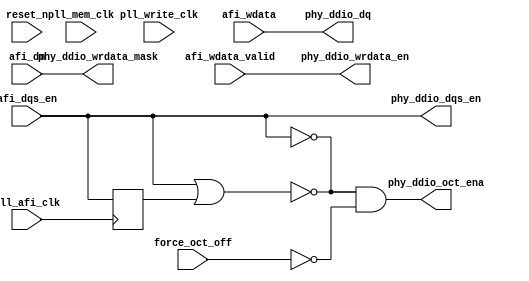
module ddr2_v11_0_p0_write_datapath(
	pll_afi_clk,
    pll_mem_clk,
    pll_write_clk,
    reset_n,
	force_oct_off,
	phy_ddio_oct_ena,
	afi_dqs_en,
    afi_wdata,
    afi_wdata_valid,
    afi_dm,
    phy_ddio_dq,
	phy_ddio_dqs_en,
	phy_ddio_wrdata_en,
	phy_ddio_wrdata_mask	
);




parameter MEM_ADDRESS_WIDTH     = "";
parameter MEM_DM_WIDTH          = "";
parameter MEM_CONTROL_WIDTH     = "";
parameter MEM_DQ_WIDTH          = "";
parameter MEM_READ_DQS_WIDTH    = "";
parameter MEM_WRITE_DQS_WIDTH   = "";

parameter AFI_ADDRESS_WIDTH     = "";
parameter AFI_DATA_MASK_WIDTH   = "";
parameter AFI_CONTROL_WIDTH     = "";
parameter AFI_DATA_WIDTH        = "";
parameter AFI_DQS_WIDTH	        = "";
parameter NUM_WRITE_PATH_FLOP_STAGES = "";



input	pll_afi_clk;
input	pll_mem_clk;
input	pll_write_clk;
input	reset_n;

input	[AFI_DQS_WIDTH-1:0] force_oct_off;
output	[AFI_DQS_WIDTH-1:0] phy_ddio_oct_ena;
input	[AFI_DQS_WIDTH-1:0]	afi_dqs_en;
input	[AFI_DATA_WIDTH-1:0]	afi_wdata;
input	[AFI_DQS_WIDTH-1:0]	afi_wdata_valid;
input	[AFI_DATA_MASK_WIDTH-1:0]   afi_dm;

output	[AFI_DATA_WIDTH-1:0]  phy_ddio_dq;
output	[AFI_DQS_WIDTH-1:0]   phy_ddio_dqs_en;
output	[AFI_DQS_WIDTH-1:0]   phy_ddio_wrdata_en;
output	[AFI_DATA_MASK_WIDTH-1:0]	phy_ddio_wrdata_mask;

generate
genvar stage;
if (NUM_WRITE_PATH_FLOP_STAGES == 0)
begin
	assign phy_ddio_dq = afi_wdata;
	assign phy_ddio_dqs_en = afi_dqs_en;
	assign phy_ddio_wrdata_en = afi_wdata_valid;
	assign phy_ddio_wrdata_mask = afi_dm;
	
end
else
begin
	reg	[AFI_DATA_WIDTH-1:0]  afi_wdata_r [NUM_WRITE_PATH_FLOP_STAGES-1:0];
	reg	[AFI_DQS_WIDTH-1:0]   afi_wdata_valid_r [NUM_WRITE_PATH_FLOP_STAGES-1:0] /* synthesis dont_merge */;
	reg	[AFI_DQS_WIDTH-1:0]   afi_dqs_en_r [NUM_WRITE_PATH_FLOP_STAGES-1:0];

	// phy_ddio_wrdata_mask is tied low during calibration
	// the purpose of the assignment is to avoid Quartus from connecting the signal to the sclr pin of the flop
	// sclr pin is very slow and causes timing failures
	(* altera_attribute = {"-name ALLOW_SYNCH_CTRL_USAGE OFF"}*) reg [AFI_DATA_MASK_WIDTH-1:0] afi_dm_r [NUM_WRITE_PATH_FLOP_STAGES-1:0];

	always @(posedge pll_afi_clk)
	begin
		afi_wdata_r[0] <= afi_wdata;
		afi_dqs_en_r[0] <= afi_dqs_en;
		afi_wdata_valid_r[0] <= afi_wdata_valid;
		afi_dm_r[0] <= afi_dm;
	end

	for (stage = 1; stage < NUM_WRITE_PATH_FLOP_STAGES; stage = stage + 1)
	begin : stage_gen
		always @(posedge pll_afi_clk)
		begin
			afi_wdata_r[stage] <= afi_wdata_r[stage-1];
			afi_dqs_en_r[stage] <= afi_dqs_en_r[stage-1];
			afi_wdata_valid_r[stage] <= afi_wdata_valid_r[stage-1];
			afi_dm_r[stage] <= afi_dm_r[stage-1];
		end
	end

	assign phy_ddio_dq = afi_wdata_r[NUM_WRITE_PATH_FLOP_STAGES-1];
	assign phy_ddio_dqs_en = afi_dqs_en_r[NUM_WRITE_PATH_FLOP_STAGES-1];
	assign phy_ddio_wrdata_en = afi_wdata_valid_r[NUM_WRITE_PATH_FLOP_STAGES-1];
	assign phy_ddio_wrdata_mask = afi_dm_r[NUM_WRITE_PATH_FLOP_STAGES-1];
	
end
endgenerate

wire [AFI_DQS_WIDTH-1:0] oct_ena;
reg [MEM_WRITE_DQS_WIDTH-1:0] dqs_en_reg;
always @(posedge pll_afi_clk)
	dqs_en_reg <= phy_ddio_dqs_en[AFI_DQS_WIDTH-1:MEM_WRITE_DQS_WIDTH];
assign oct_ena[AFI_DQS_WIDTH-1:MEM_WRITE_DQS_WIDTH] = ~phy_ddio_dqs_en[AFI_DQS_WIDTH-1:MEM_WRITE_DQS_WIDTH];
assign oct_ena[MEM_WRITE_DQS_WIDTH-1:0] = ~(phy_ddio_dqs_en[AFI_DQS_WIDTH-1:MEM_WRITE_DQS_WIDTH] | dqs_en_reg);
assign phy_ddio_oct_ena = oct_ena & ~force_oct_off;

endmodule